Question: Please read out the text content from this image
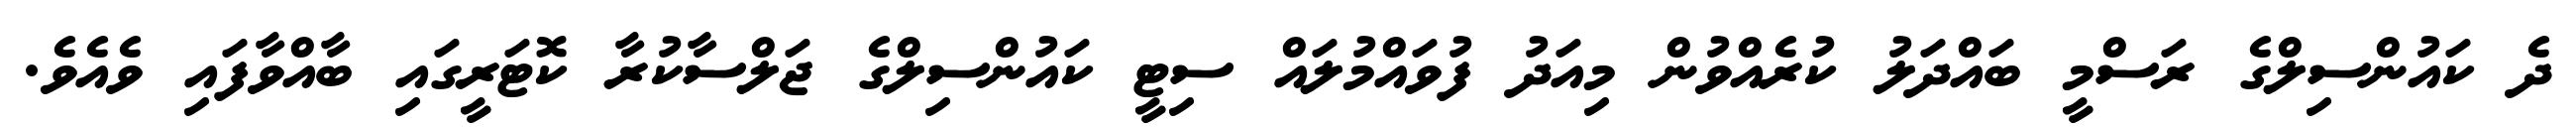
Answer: ދެ ކައުންސިލްގެ ރަސްމީ ބައްދަލު ކުރެއްވުން މިއަދު ފުވައްމުލައް ސިޓީ ކައުންސިލްގެ ޖަލްސާކުރާ ކޮޓަރީގައި ބާއްވާފައި ވެއެވެ.